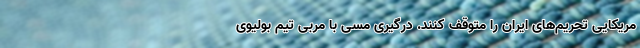
مریکایی تحریم‌های ایران را متوقف کنند. درگیری مسی با مربی تیم بولیوی